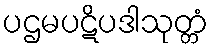
ပဌမပဋိပဒါသုတ္တံ